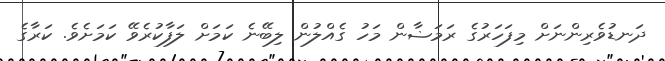
ދަނޑުވެރިންނަށް މިފަހަރުގެ ރަމަޟާން މަހު ގެއްލުން ލިބޭނެ ކަމަށް ލަފާކުރެވޭ ކަމަށެވެ. ކަރާގެ